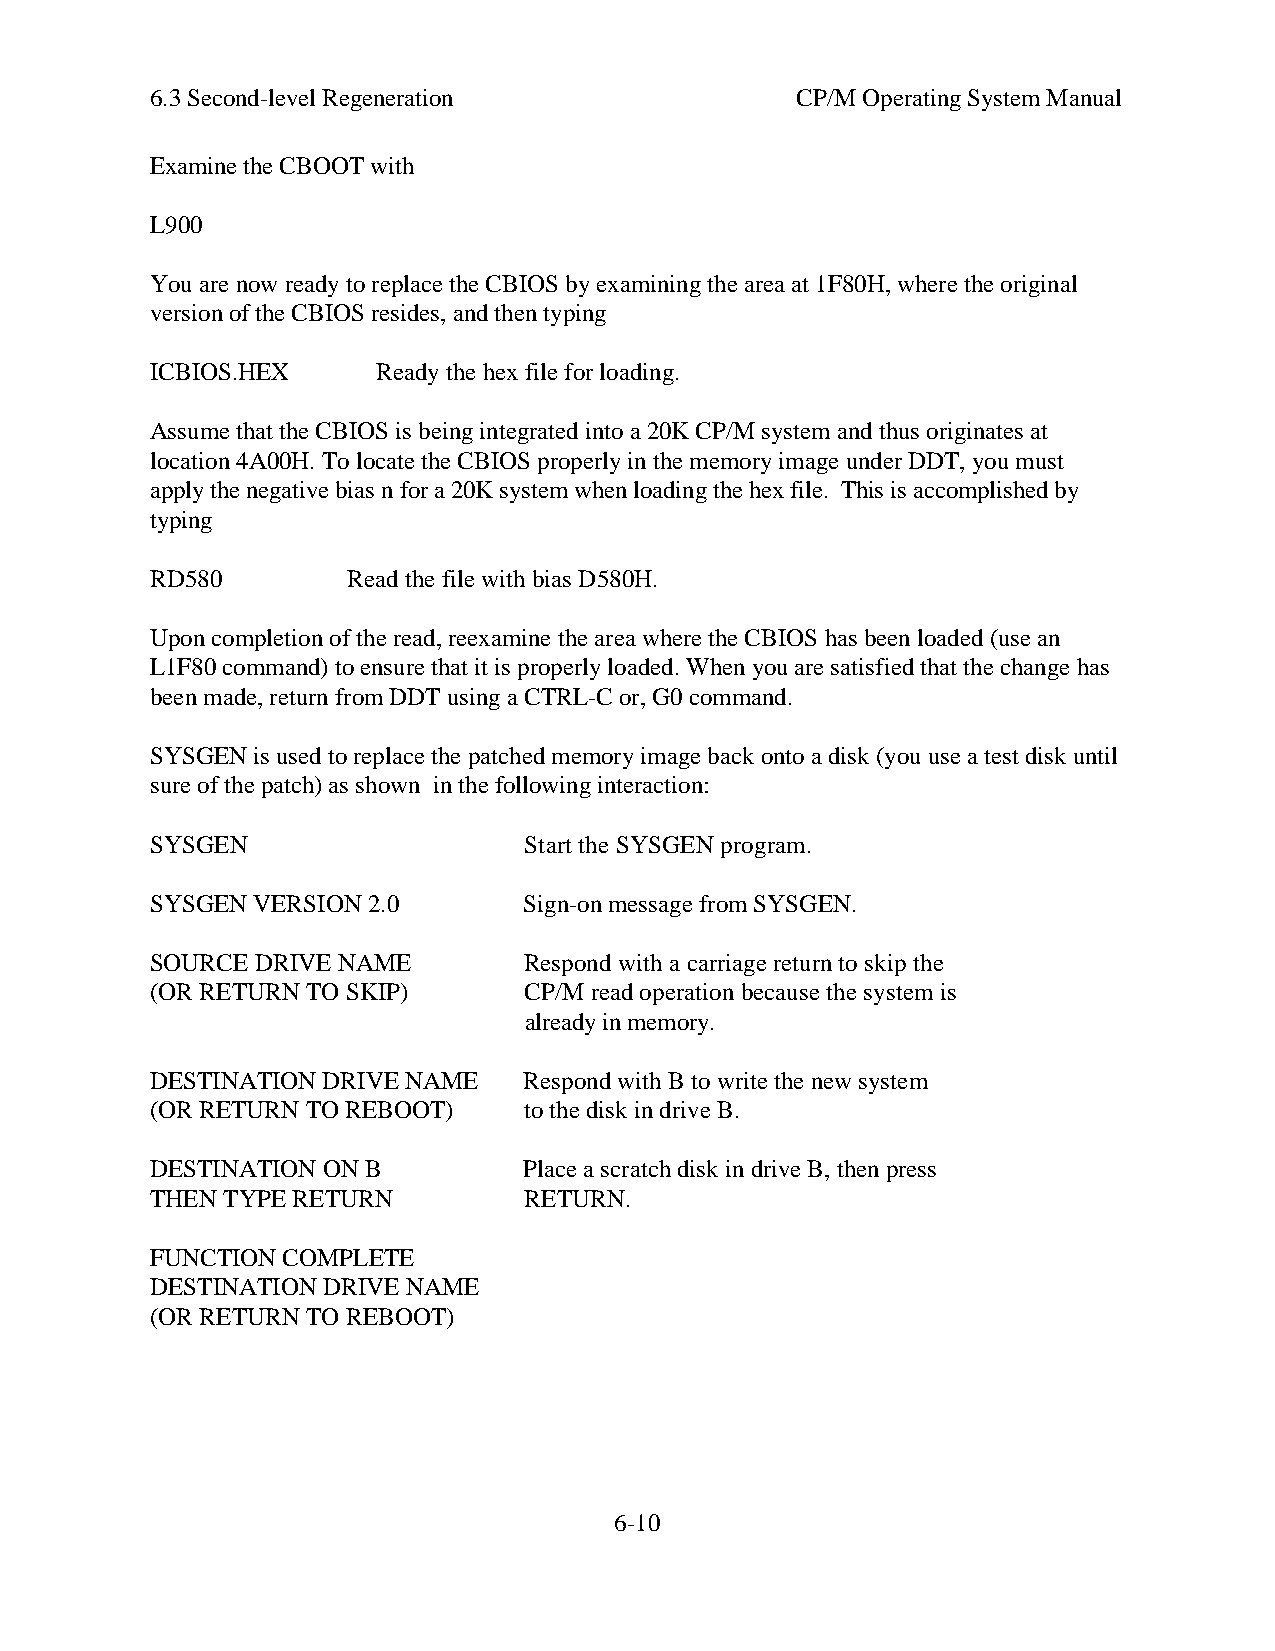
6.3 Second-level Regeneration              CP/M Operating System Manual
 Examine the CBOOT with
 L900
 You are now ready to replace the CBIOS by examining the area at 1F80H, where the original
 version of the CBIOS resides, and then typing
 ICBIOS.HEX     Ready the hex file for loading.
 Assume that the CBIOS is being integrated into a 20K CP/M system and thus originates at
 location 4A00H. To locate the CBIOS properly in the memory image under DDT, you must
 apply the negative bias n for a 20K system when loading the hex file. This is accomplished by
 typing
 RD580        Read the file with bias D580H.
 Upon completion of the read, reexamine the area where the CBIOS has been loaded (use an
 L1F80 command) to ensure that it is properly loaded. When you are satisfied that the change has
 been made, return from DDT using a CTRL-C or, G0 command.
 SYSGEN is used to replace the patched memory image back onto a disk (you use a test disk until
 sure of the patch) as shown in the following interaction:
 SYSGEN                   Start the SYSGEN program.
 SYSGEN VERSION 2.0       Sign-on message from SYSGEN.
 SOURCE DRIVE NAME        Respond with a carriage return to skip the
 (OR RETURN TO SKIP)      CP/M read operation because the system is
 already in memory.
 DESTINATION DRIVE NAME   Respond with B to write the new system
 (OR RETURN TO REBOOT)    to the disk in drive B.
 DESTINATION ON B         Place a scratch disk in drive B, then press
 THEN TYPE RETURN         RETURN.
 FUNCTION COMPLETE
 DESTINATION DRIVE NAME
 (OR RETURN TO REBOOT)
 6-10